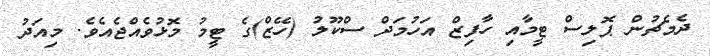
ދެމެޗުން ޕޮލިސް ޓީމާއި ހާފިޒް އަހުމަދް ސްކޫލު (ހޭޒް)ގެ ޓީމު މޮޅުވެއްޖެއެވެ. މިއަދު